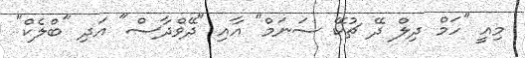
މިއީ "ހަމް ދިލް ދޭ ޗުކޭ ސަނަމް" އާއި "ދޭވްދާސް" އަދި "ބްލެކް"